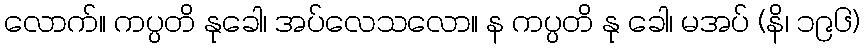
လောက်။ ကပ္ပတိ နုခေါ၊ အပ်လေသလော။ န ကပ္ပတိ နု ခေါ၊ မအပ် (နိ၊ ၁၉၆)